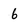
Character: 6